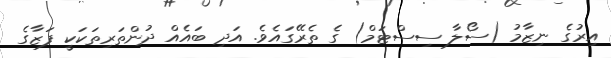
އިރުގެ ނިޒާމު (ސޯލާ ސިސްޓަމް) ގެ ތެރޭގައެވެ. އަދި ބައެއް ދުންތަރިތަކަކީ ފަޒާގެ